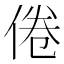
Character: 倦